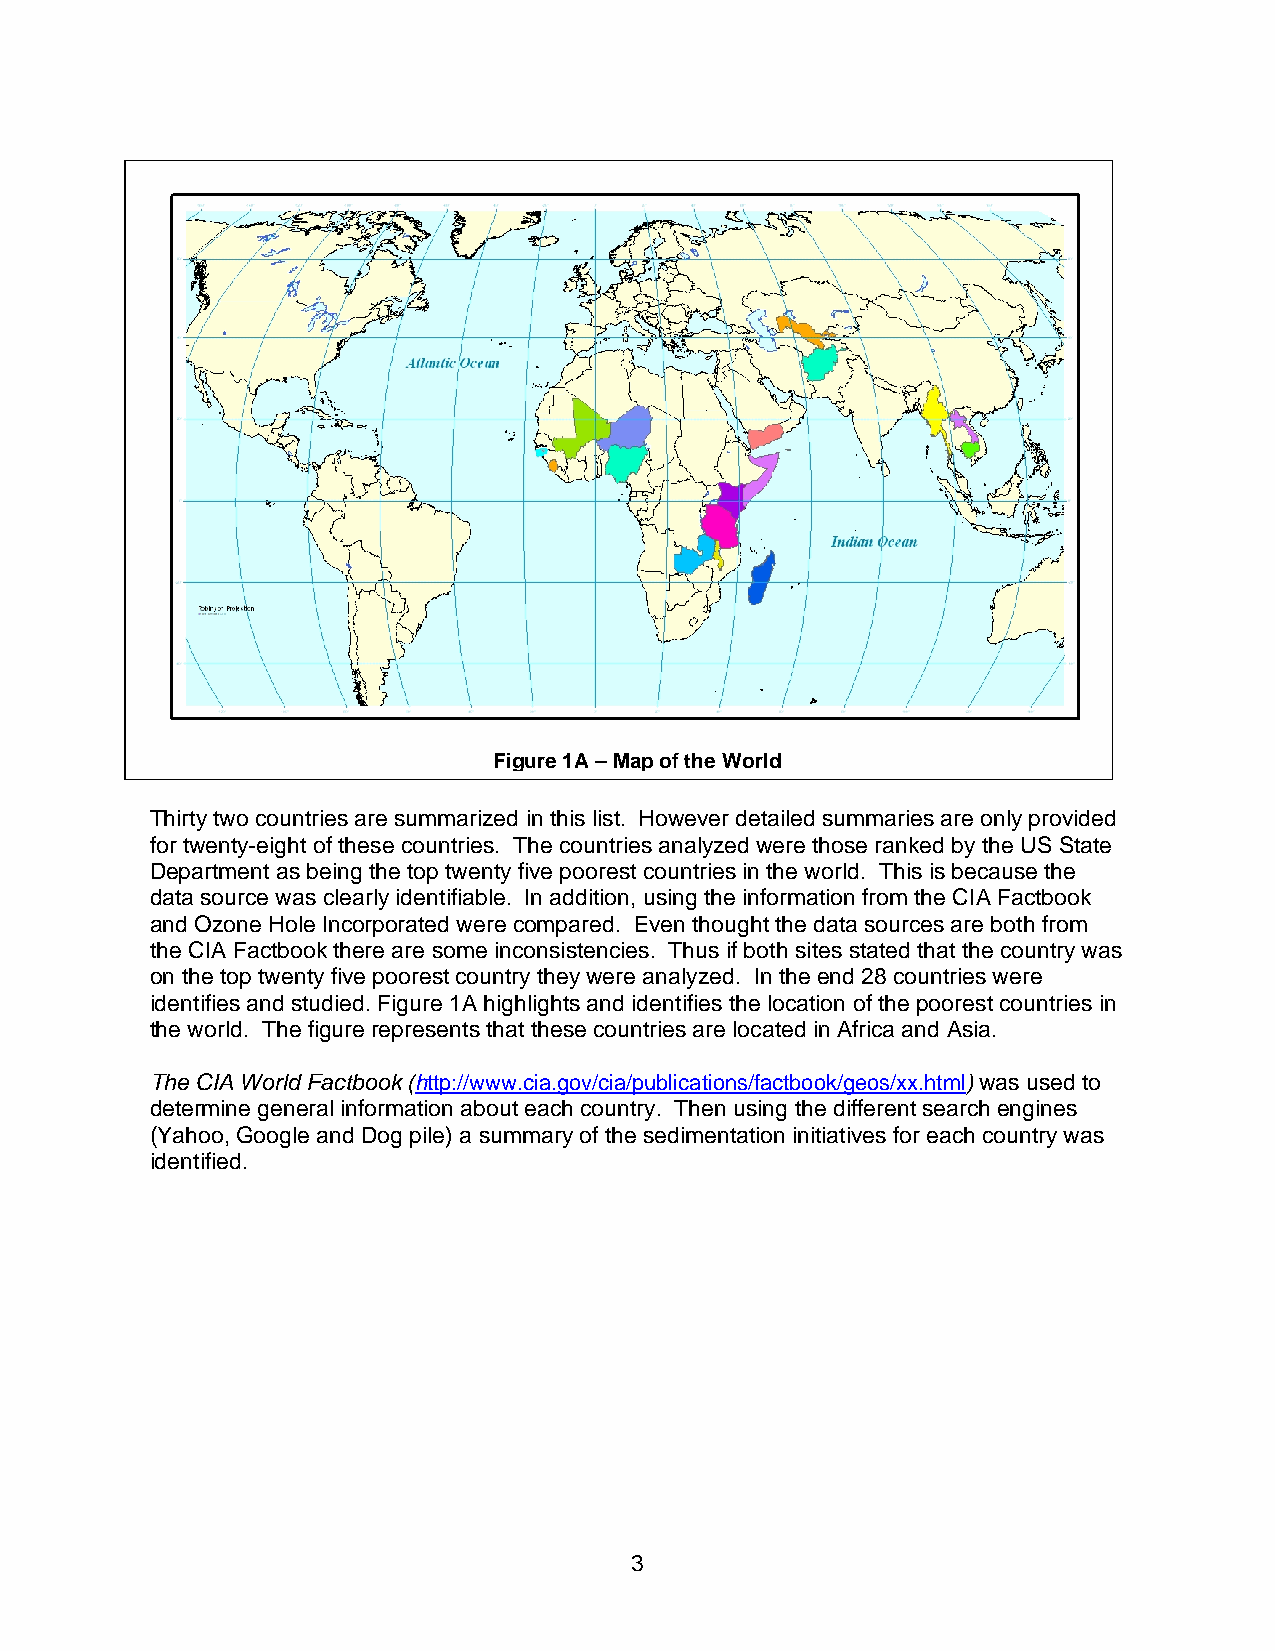
Figure 1A –Map of the World
 Thirty two countries are summarized in this list. However detailed summaries are only provided
 for twenty-eight of these countries. The countries analyzed were those ranked by the US State
 Department as being the top twenty five poorest countries in the world. This is because the
 data source was clearly identifiable. In addition, using the information from the CIA Factbook
 and Ozone Hole Incorporated were compared. Even thought the data sources are both from
 the CIA Factbook there are some inconsistencies. Thus if both sites stated that the country was
 on the top twenty five poorest country they were analyzed. In the end 28 countries were
 identifies and studied. Figure 1A highlights and identifies the location of the poorest countries in
 the world. The figure represents that these countries are located in Africa and Asia.
 The CIA World Factbook (http://www.cia.gov/cia/publications/factbook/geos/xx.html) was used to
 determine general information about each country. Then using the different search engines
 (Yahoo, Google and Dog pile) a summary of the sedimentation initiatives for each country was
 identified.
 3